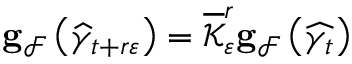
\mathbf { g } _ { \mathcal { F } } \left( \widehat { \gamma } _ { t + r \varepsilon } \right) = \overline { { \mathcal { K } } } _ { \varepsilon } ^ { r } \mathbf { g } _ { \mathcal { F } } \left( \widehat { \gamma _ { t } } \right)